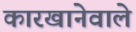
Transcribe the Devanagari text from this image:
कारखानेवाले